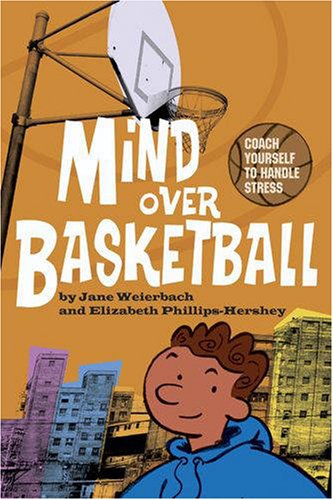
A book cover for Mind Over Basketball: Coach Yourself to Handle Stress; Jane Weierbach; Children's Books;